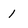
Character: 1